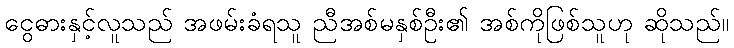
ငွေဓားနှင့်လူသည် အဖမ်းခံရသူ ညီအစ်မနှစ်ဦး၏ အစ်ကိုဖြစ်သူဟု ဆိုသည်။